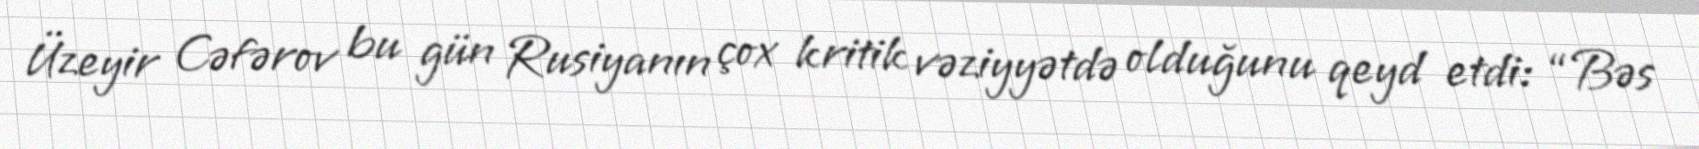
Üzeyir Cəfərov bu gün Rusiyanın çox kritik vəziyyətdə olduğunu qeyd etdi: “Bəs